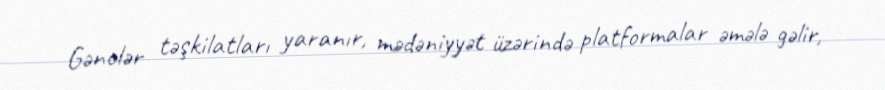
Gənclər təşkilatları yaranır, mədəniyyət üzərində platformalar əmələ gəlir,